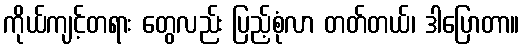
ကိုယ်ကျင့်တရား တွေလည်း ပြည့်စုံလာ တတ်တယ်၊ ဒါပြောတာ။